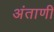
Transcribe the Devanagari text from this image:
अंताणी